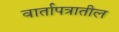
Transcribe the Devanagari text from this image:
वार्तापत्रातील